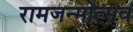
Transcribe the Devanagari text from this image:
रामजन्मोत्सव